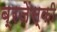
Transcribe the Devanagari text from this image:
ब्रजेंस्की